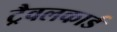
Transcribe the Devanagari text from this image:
ट्रैवलकार्ड